Report on sanitation, dispensaries, and jails in Rajputana for 1909, and on vaccination for the year 1909-1910 - 1909-1910
Year: 1909
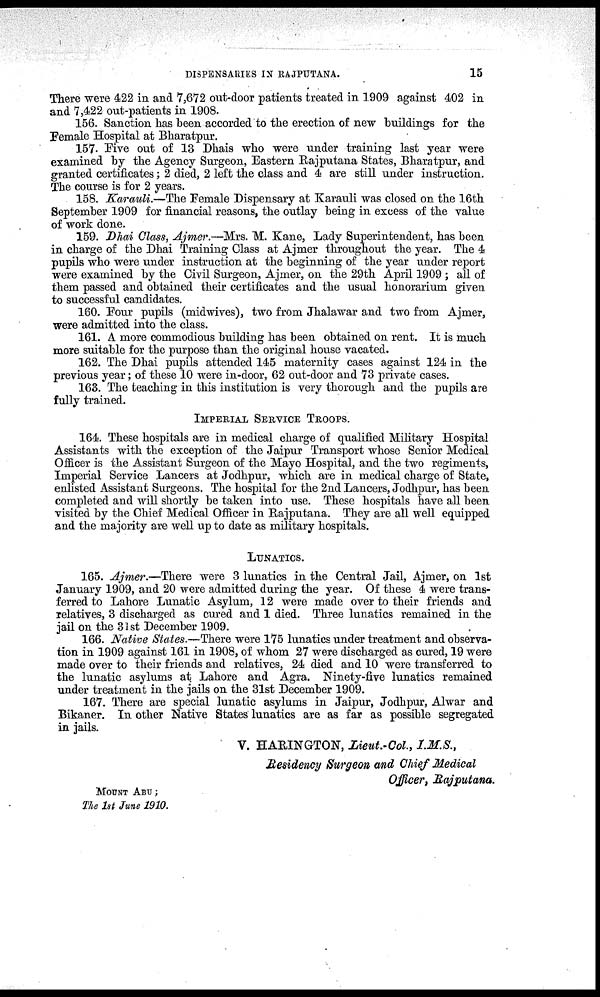
DISPENSARIES IN RAJPUTANA.
15
There were 422 in and 7,672 out-door patients treated in 1909 against 402 in
and 7,422 out-patients in 1908.
156. Sanction has been accorded to the erection of new buildings for the
Female Hospital at Bharatpur.
157. Five out of 13 Dhais who were under training last year were
examined by the Agency Surgeon, Eastern Rajputana States, Bharatpur, and
granted certificates; 2 died, 2 left the class and 4 are still under instruction.
The course is for 2 years.
158. Karauli.—The Female Dispensary at Karauli was closed on the 16th
September 1909 for financial reasons, the outlay being in excess of the value
of work done.
159. Dhai Class, Ajmer.—Mrs. M. Kane, Lady Superintendent, has been
in charge of the Dhai Training Class at Ajmer throughout the year. The 4
pupils who were under instruction at the beginning of the year under report
were examined by the Civil Surgeon, Ajmer, on the 29th April 1909 ; all of
them passed and obtained their certificates and the usual honorarium given
to successful candidates.
160. Four pupils (midwives), two from Jhalawar and two from Ajmer,
were admitted into the class.
161. A more commodious building has been obtained on rent. It is much
more suitable for the purpose than the original house vacated.
162. The Dhai pupils attended 145 maternity cases against 124 in the
previous year; of these 10 were in-door, 62 out-door and 73 private cases.
163. The teaching in this institution is very thorough and the pupils are
fully trained.
IMPERIAL SERVICE TROOPS.
164. These hospitals are in medical charge of qualified Military Hospital
Assistants with the exception of the Jaipur Transport whose Senior Medical
Officer is the Assistant Surgeon of the Mayo Hospital, and the two regiments,
Imperial Service Lancers at Jodhpur, which are in medical charge of State,
enlisted Assistant Surgeons. The hospital for the 2nd Lancers, Jodhpur, has been
completed and will shortly be taken into use. These hospitals have all been
visited by the Chief Medical Officer in Rajputana. They are all well equipped
and the majority are well up to date as military hospitals.
LUNATICS.
165. Ajmer.—There were 3 lunatics in the Central Jail, Ajmer, on 1st
January 1909, and 20 were admitted during the year. Of these 4 were trans-
ferred to Lahore Lunatic Asylum, 12 were made over to their friends and
relatives, 3 discharged as cured and 1 died. Three lunatics remained in the
jail on the 31st December 1909.
166. Native States.—There were 175 lunatics under treatment and observa-
tion in 1909 against 161 in 1908, of whom 27 were discharged as cured, 19 were
made over to their friends and relatives, 24 died and 10 were transferred to
the lunatic asylums at Lahore and Agra. Ninety-five lunatics remained
under treatment in the jails on the 31st December 1909.
167. There are special lunatic asylums in Jaipur, Jodhpur, Alwar and
Bikaner. In other Native States lunatics are as far as possible segregated
in jails.
V. HARINGTON, Lieut.-Col., I.M.S.,
Residency Surgeon and Chief Medical
Officer, Rajputana.
MOUNT ABU;
The 1st June 1910.